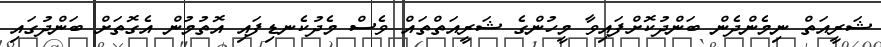
ޝަރީއަތް ނިމެންދެން ބަންދުކޮށްފައިވާ މީހުންގެ ޝަރީއަތްތައް ވެސް މެދުކެނޑިފައި އޮތުމުން އެގޮތަށް ބަންދުގައި